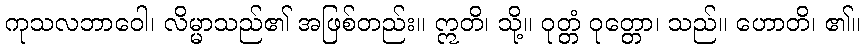
ကုသလဘာဝေါ၊ လိမ္မာသည်၏ အဖြစ်တည်း။ ဣတိ၊ သို့။ ဝုတ္တံ ဝုတ္တော၊ သည်။ ဟောတိ၊ ၏။